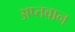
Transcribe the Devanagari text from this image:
अप्तवान